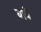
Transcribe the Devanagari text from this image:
द्यावें